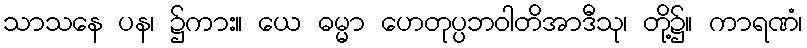
သာသနေ ပန၊ ၌ကား။ ယေ ဓမ္မာ ဟေတုပ္ပဘဝါတိအာဒီသု၊ တို့၌။ ကာရဏံ၊